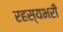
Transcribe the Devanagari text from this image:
रहस्यभरी